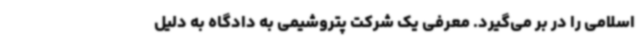
اسلامی را در بر می‌گیرد. معرفی یک شرکت پتروشیمی به دادگاه به دلیل